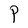
Character: P